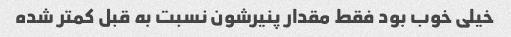
خیلی خوب بود فقط مقدار پنیرشون نسبت به قبل کمتر شده